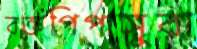
রক্তপিপাসুরা